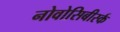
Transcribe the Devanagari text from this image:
नोवोसिबीर्स्क